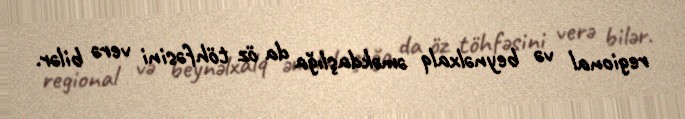
regional və beynəlxalq əməkdaşlığa da öz töhfəsini verə bilər.